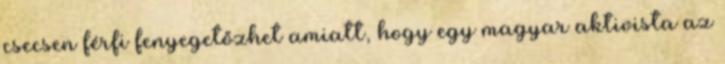
csecsen férfi fenyegetőzhet amiatt, hogy egy magyar aktivista az